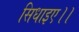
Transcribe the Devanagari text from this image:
सिधाइए।।